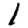
Digit: 1